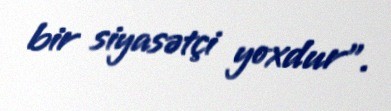
bir siyasətçi yoxdur”.